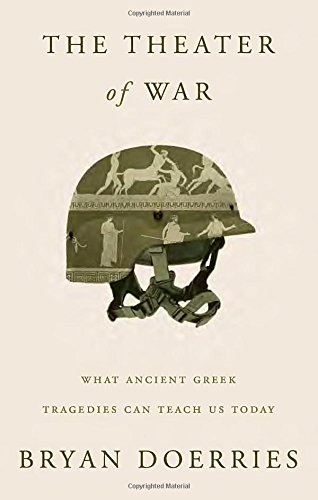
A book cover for The Theater of War: What Ancient Greek Tragedies Can Teach Us Today; Bryan Doerries; Literature & Fiction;